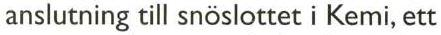
anslutning till snöslottet i Kemi, ett